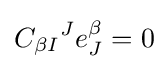
{C_{\beta I}}^{J}e_{J}^{\beta }=0